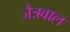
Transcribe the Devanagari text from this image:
जैत्रवाल